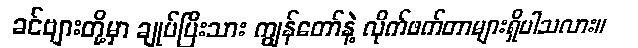
ခင်ဗျားတို့မှာ ချုပ်ပြီးသား ကျွန်တော်နဲ့ လိုက်ဖက်တာများရှိပါသလား။